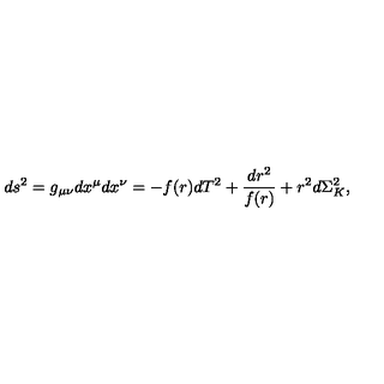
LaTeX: d s ^ { 2 } = g _ { \mu \nu } d x ^ { \mu } d x ^ { \nu } = - f ( r ) d T ^ { 2 } + \frac { d r ^ { 2 } } { f ( r ) } + r ^ { 2 } d \Sigma _ { K } ^ { 2 } ,